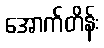
အောက်တိန်း